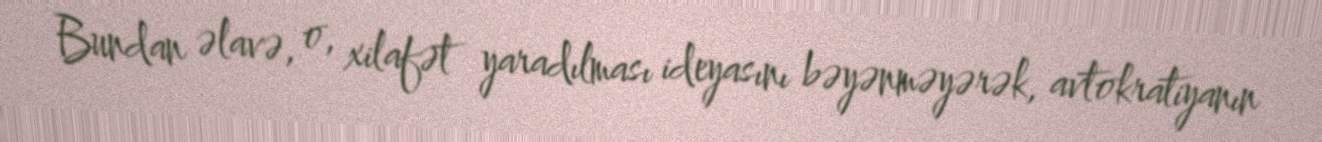
Bundan əlavə, o, xilafət yaradılması ideyasını bəyənməyərək, avtokratiyanın